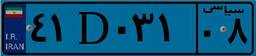
۱۹D۳۴۲۱۳